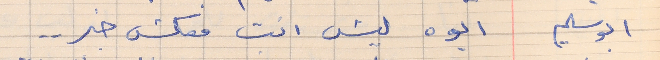
ابو سليم     ايوه ليش انت معكش خبر . .